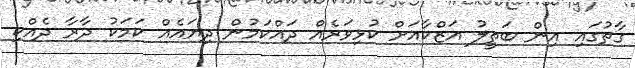
ގާތުގައި އިން ބަތީލު އަޒްކާއަށް ކުޅިވަރެއް ދައްކަމުން ދިޔައެއް ކަމަކު ދާރާ ދެއްކި